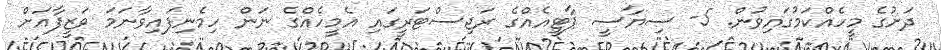
ދަށުގެ މީހެއްކަމުގައިވުން. 5- ސިޔާސީ ޕާޓީއެއްގެ ރަޖިސްޓަރީގައި އެމީހެއްގެ ނަން ހިމެނިފައިވާނަމަ ވަޒީފާއަށް